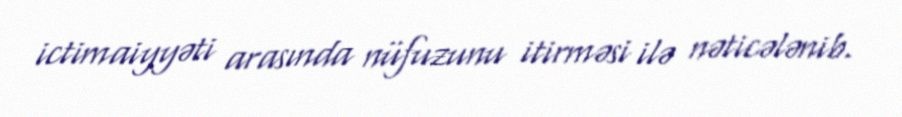
ictimaiyyəti arasında nüfuzunu itirməsi ilə nəticələnib.